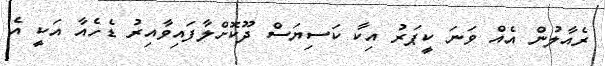
ރެއާލުން އެއް ވަނަ ކީޕަރު އިކާ ކަސިޔަސް ދޫކޮށްލާފައިވާއިރު ޑެހެއާ އަކީ އެ